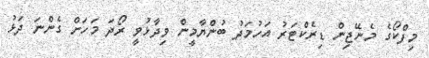
މިފްކޯގެ މެނޭޖިން ޑިރެކްޓަރު އަހުމަދު ބުންޔާމީން ވިދާޅުވީ ރޯދަ މަހަށް ގެންނަ ދަޅު